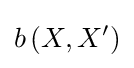
b\left(X,X^{\prime }\right)